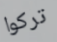
تركوا